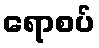
ရောစပ်